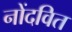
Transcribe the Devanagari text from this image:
नोंदवित